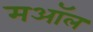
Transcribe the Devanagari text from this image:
मऑल